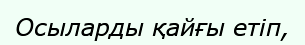
Осыларды қайғы етіп,